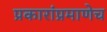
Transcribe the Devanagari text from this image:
प्रकारांप्रमाणेच